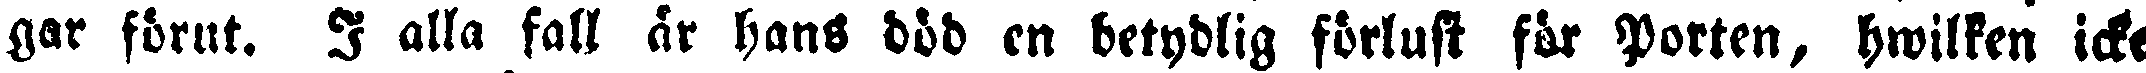
gar förut. I alla fall är hans död en betydlig förlust för Porten, hwilken icke